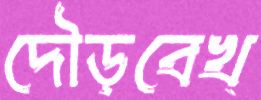
দৌড়বেখ্